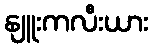
နျူးကလီးယား